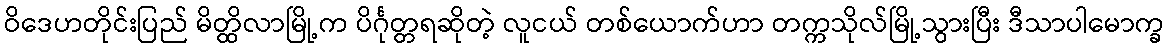
ဝိဒေဟတိုင်းပြည် မိတ္ထိလာမြို့က ပိင်္ဂုတ္တရဆိုတဲ့ လူငယ် တစ်ယောက်ဟာ တက္ကသိုလ်မြို့သွားပြီး ဒီသာပါမောက္ခ